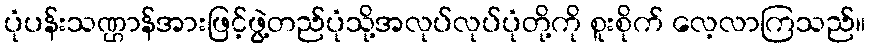
ပုံပန်းသဏ္ဌာန်အားဖြင့်ဖွဲ့တည်ပုံသို့အလုပ်လုပ်ပုံတို့ကို စူးစိုက် လေ့လာကြသည်။